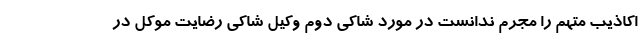
اکاذیب متهم را مجرم ندانست در مورد شاکی دوم وکیل شاکی رضایت موکل در